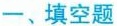
一、填空题